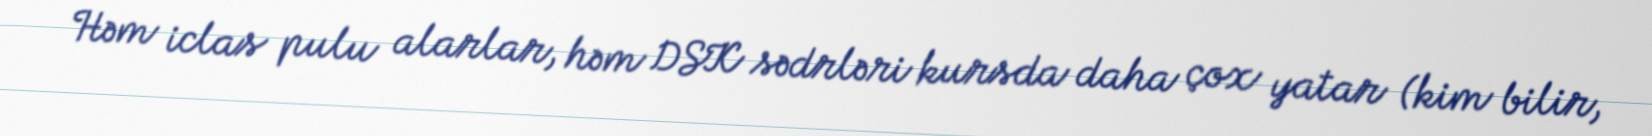
Həm iclas pulu alarlar, həm DSK sədrləri kursda daha çox yatar (kim bilir,